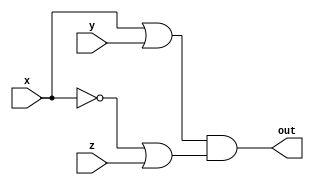
module q3 (
    input wire x,
    input wire y,
    input wire z,
    output wire out
);

    assign out = (x | y) & (~x | z);
endmodule